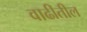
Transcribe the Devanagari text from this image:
वाढीतील